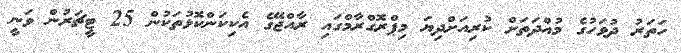
ހަތަރު ދުވަހުގެ މުއްދަތަށް ކުރިއަށްދިޔަ މިޕްރޮގްރާމްގައި ރާއްޖޭގެ އެކިކަންކޮޅުތަކުން 25 ޓީޗަރުން ވަނީ